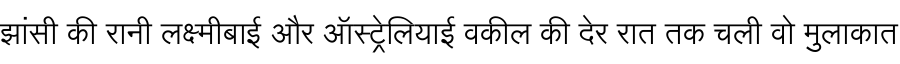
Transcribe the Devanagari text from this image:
झांसी की रानी लक्ष्मीबाई और ऑस्ट्रेलियाई वकील की देर रात तक चली वो मुलाकात